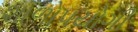
શાળોપયોગી